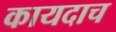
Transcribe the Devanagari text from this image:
कायदाच